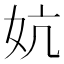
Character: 妔